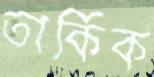
তার্কিক